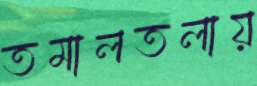
তমালতলায়